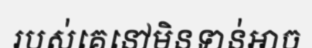
របស់គេនៅមិនទាន់អាច